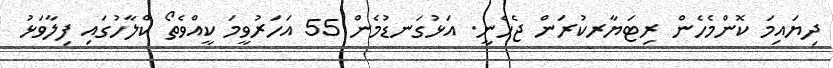
ދިޔައިމަ ކޮންމެހެން ރިޓަޔާރކުރަން ޖެހެނީ. އަޅުގަނޑުމެން 55 އަހަރުވީމަ ކީއްވެތޯ ކްލާހުގައި ފިލާވަޅު